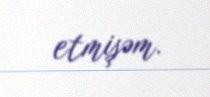
etmişəm.